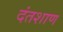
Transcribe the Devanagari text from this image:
दंतशाण